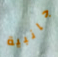
جانبية